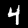
Digit: 4